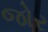
જોર